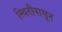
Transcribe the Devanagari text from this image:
स्थितीपासून